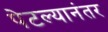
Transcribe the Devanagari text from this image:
पेटल्यानंतर